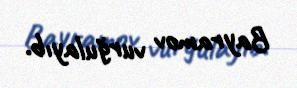
Bayramov vurğulayıb.